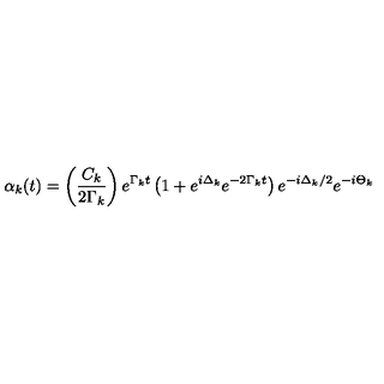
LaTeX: \alpha _ { k } ( t ) = \left( \frac { C _ { k } } { 2 \Gamma _ { k } } \right) e ^ { \Gamma _ { k } t } \left( 1 + e ^ { i \Delta _ { k } } e ^ { - 2 \Gamma _ { k } t } \right) e ^ { - i \Delta _ { k } / 2 } e ^ { - i \Theta _ { k } }